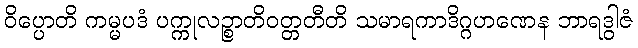
ဝိပ္ပောတိ ကမ္မပဒံ ပက္ကုလဉ္စာတိဝတ္တတီတိ သမာရကာဒိဂ္ဂဟဏေန ဘာရဒွါဇံ